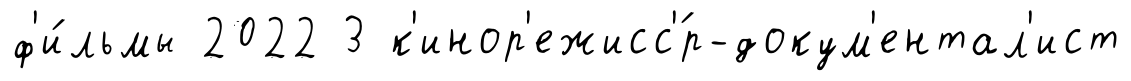
ф'и́льмы 2022 3 к'инор'ежисс'́р-докум'ентал'ист